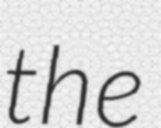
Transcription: the